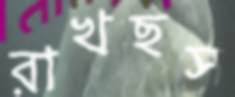
রাখছস